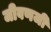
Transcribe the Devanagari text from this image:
जीवणजी